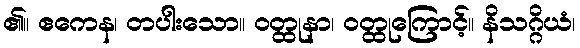
၏။ ဧကေန၊ တပါးသော။ ဝတ္ထုနာ၊ ဝတ္ထုကြောင့်။ နိသဂ္ဂိယံ၊